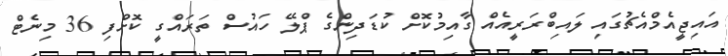
އައިޖީއެމްއެޗުގައި ލައިބްރަރީއެއް ގާއިމުކޮށް ކުޑަދިންގެ ޕްލޭ ހައުސް ތަރައްގީ ކޮށްފި 36 މިނެޓް